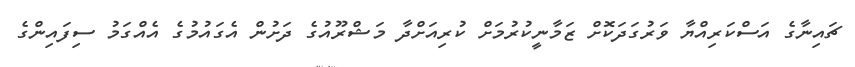
ޗައިނާގެ އަސްކަރިއްޔާ ވަރުގަދަކޮށް ޒަމާނީކުރުމަށް ކުރިއަށްދާ މަޝްރޫއުގެ ދަށުން އެގައުމުގެ އެއްގަމު ސިފައިންގެ